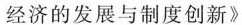
经济的发展与制度创新》